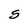
Character: S